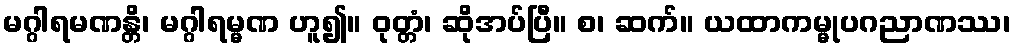
မဂ္ဂါရမဏန္တိ၊ မဂ္ဂါရမ္မဏ ဟူ၍။ ဝုတ္တံ၊ ဆိုအပ်ပြီ။ စ၊ ဆက်။ ယထာကမ္မုပဂညာဏဿ၊